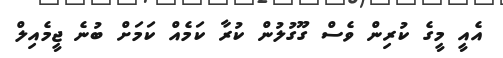
އެއީ މީގެ ކުރިން ވެސް ގޫގުލުން ކުރާ ކަމެއް ކަމަށް ބުނެ ޖީމެއިލް